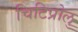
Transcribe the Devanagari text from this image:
चिटिप्रोलु